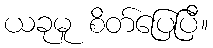
ယခုမူ စိတ်ပြေပြီ။